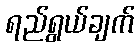
ရည်ရွယ်ချက်